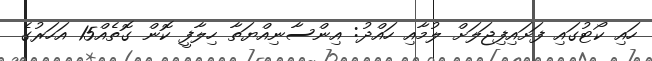
ހައި ކޯޓުގައި ފަށައިފިޖަލަށް ލުމާއި ހައްދު: އިންސާނިއްޔަތާ ހިލާފީ ކޮން ގޮތެއް15 އަހަރުގެ